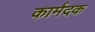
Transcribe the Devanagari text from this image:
कार्मदक